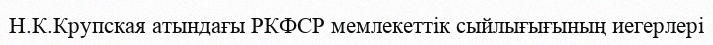
Н.К.Крупская атындағы РКФСР мемлекеттік сыйлығығының иегерлері